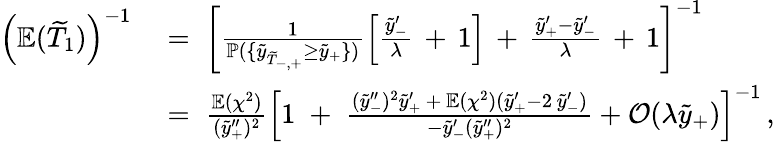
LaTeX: \begin{array}{rl}{\left(\mathbb{E}(\widetilde{T}_{1})\right)^{-1}}&{\; =\; \left[\frac{1}{\mathbb{P}(\{ \widetilde{y}_{\widetilde{T}_{-,+}}\geq\widetilde{y}_{+}\} )}\left[\frac{\widetilde{y}_{-}^{\prime}}{\lambda}\, +\, 1\right]\, +\, \frac{\widetilde{y}_{+}^{\prime}-\widetilde{y}_{-}^{\prime}}{\lambda}\, +\, 1\right]^{-1}}\\ &{\; =\; \frac{\mathbb{E}(\chi^{2})}{(\widetilde{y}_{+}^{\prime\prime})^{2}}\left[1\; +\; \frac{(\widetilde{y}_{-}^{\prime\prime})^{2}\widetilde{y}_{+}^{\prime}\, +\, \mathbb{E}(\chi^{2})(\widetilde{y}_{+}^{\prime}-2\, \widetilde{y}_{-}^{\prime})}{-\widetilde{y}_{-}^{\prime}(\widetilde{y}_{+}^{\prime\prime})^{2}}+\mathcal{O}(\lambda\widetilde{y}_{+})\right]^{-1}\, ,}\end{array}